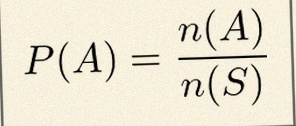
P(A)=\frac{n(A)}{n(S)}